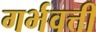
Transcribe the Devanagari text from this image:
गर्भवत्ती